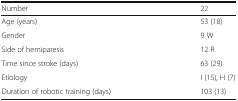
<table><thead><tr><td><b>Number</b></td><td><b>22</b></td></tr></thead><tbody><tr><td>Age (years)</td><td>53 (18)</td></tr><tr><td>Gender</td><td>9 W</td></tr><tr><td>Side of hemiparesis</td><td>12 R</td></tr><tr><td>Time since stroke (days)</td><td>63 (29)</td></tr><tr><td>Etiology</td><td>I (15), H (7)</td></tr><tr><td>Duration of robotic training (days)</td><td>103 (13)</td></tr></tbody></table>